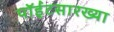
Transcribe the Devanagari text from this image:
पॉईंटसारख्या